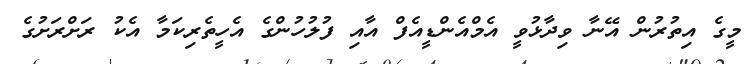
މީގެ އިތުރުން އޭނާ ވިދާޅުވީ އެމްއެންޑީއެފް އާއި ފުލުހުންގެ އެހީތެރިކަމާ އެކު ރަށްރަށުގެ